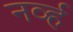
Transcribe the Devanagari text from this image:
नर्व्ह